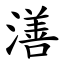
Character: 㵛